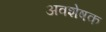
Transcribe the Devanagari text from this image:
अवशेषक